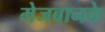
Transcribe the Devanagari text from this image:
मेजबानके